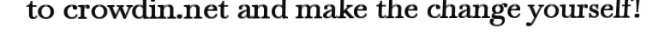
to crowdin.net and make the change yourself!